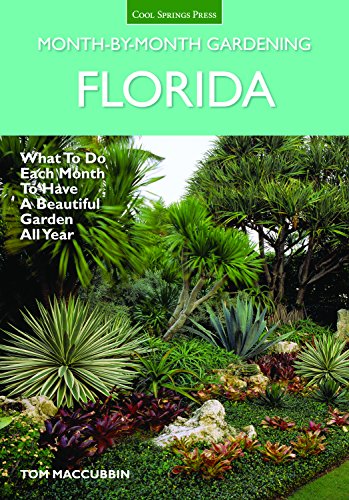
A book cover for Florida Month-by-Month Gardening: What to Do Each Month to Have A Beautiful Garden All Year; Tom MacCubbin; Crafts, Hobbies & Home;